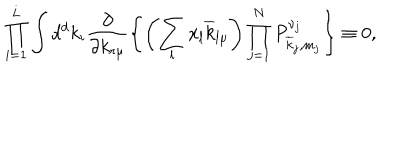
\prod _ { i = 1 } ^ { L } \int d ^ { d } k _ { i } \frac { \partial } { \partial k _ { r \mu } } \left\{ \left( \sum _ { l } x _ { l } \overline { { { k } } } _ { l \mu } \right) \prod _ { j = 1 } ^ { N } P _ { \overline { { { k } } } _ { j } , m _ { j } } ^ { \nu _ { j } } \right\} \equiv 0 ,